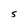
Character: s